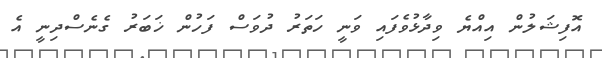
އޮފިޝަލުން އިއްޔެ ވިދާޅުވެފައި ވަނީ ހަތަރު ދުވަސް ފަހުން ޚަބަރު ގެނެސްދިނީ އެ